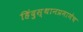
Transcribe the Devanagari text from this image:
हिंदुस्थानप्रमाणेच